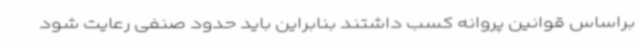
براساس قوانین پروانه کسب داشتند بنابراین باید حدود صنفی رعایت شود